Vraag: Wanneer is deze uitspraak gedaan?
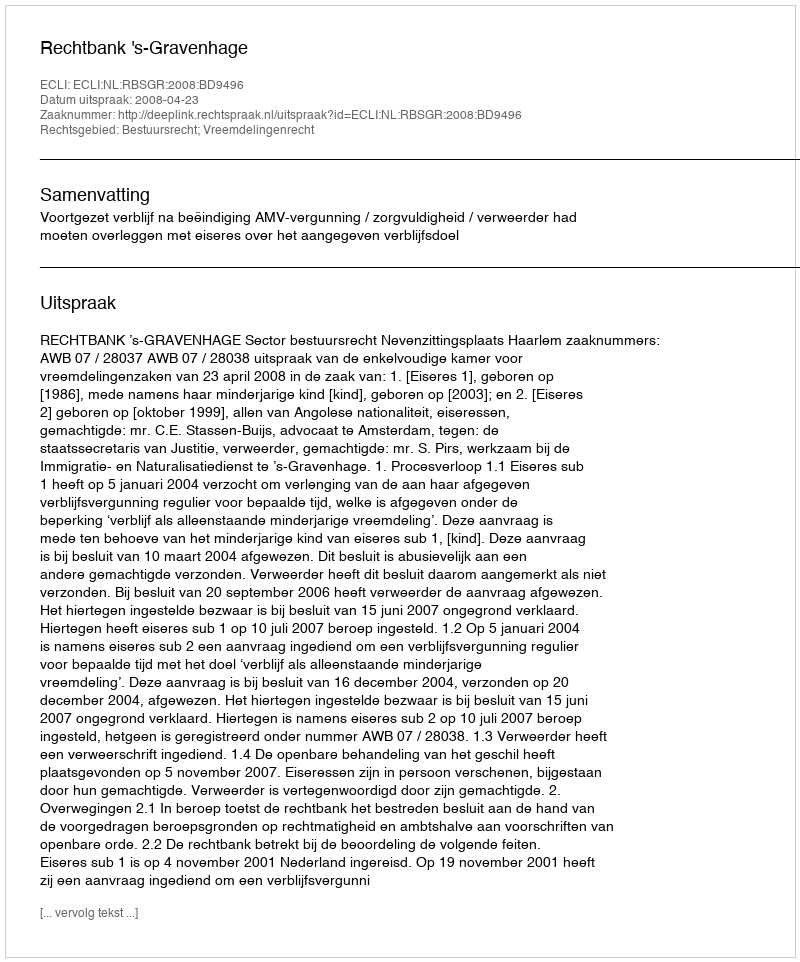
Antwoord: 2008-04-23